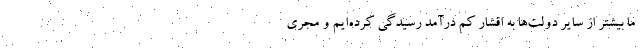
ما بیشتر از سایر دولت‌ها به اقشار کم درآمد رسیدگی کرده‌ایم و مجری